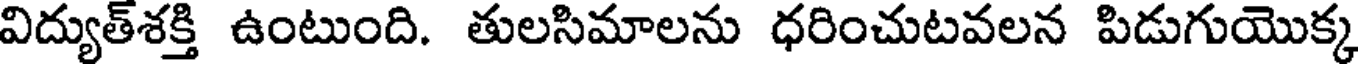
విద్యుత్శక్తి ఉంటుంది. తులసిమాలను ధరించుటవలన పిడుగుయొక్క